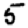
Digit: 5